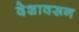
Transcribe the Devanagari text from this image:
देशावरून